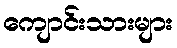
ကျောင်းသားများ